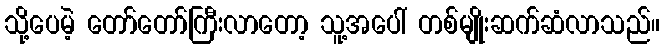
သို့ပေမဲ့ တော်တော်ကြီးလာတော့ သူ့အပေါ် တစ်မျိုးဆက်ဆံလာသည်။